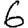
Digit: 6